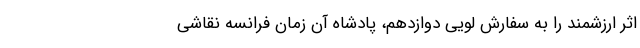
اثر ارزشمند را به سفارش لویی دوازدهم، پادشاه آن زمان فرانسه نقاشی